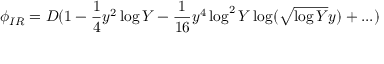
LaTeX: \phi _ { I R } = D ( 1 - { \frac { 1 } { 4 } } y ^ { 2 } \log Y - { \frac { 1 } { 1 6 } } y ^ { 4 } \log ^ { 2 } Y \log ( \sqrt { \log Y } y ) + . . . )